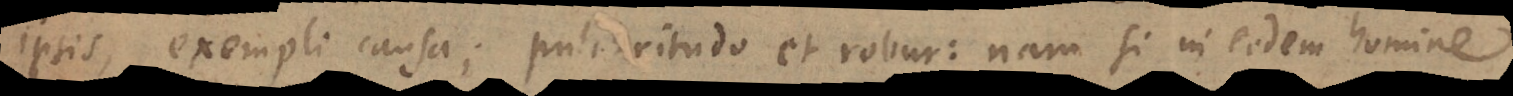
ipsis, exempli causa; pulchritudo et robur: nam si in eodem hom